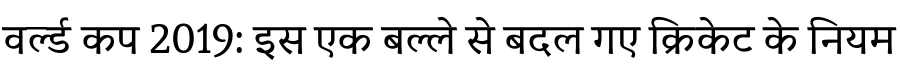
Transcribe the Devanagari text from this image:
वर्ल्ड कप 2019: इस एक बल्ले से बदल गए क्रिकेट के नियम